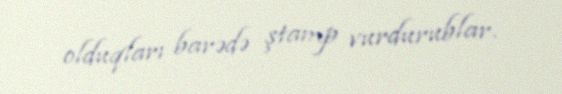
olduqları barədə ştamp vurdurublar.